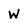
Character: w